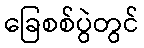
ခြေစစ်ပွဲတွင်